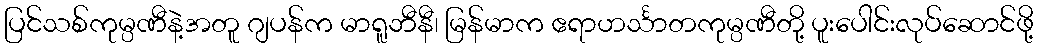
ပြင်သစ်ကုမ္ပဏီနဲ့အတူ ဂျပန်က မာရူဘီနီ၊ မြန်မာက ဧရာဟင်္သာတကုမ္ပဏီတို့ ပူးပေါင်းလုပ်ဆောင်ဖို့